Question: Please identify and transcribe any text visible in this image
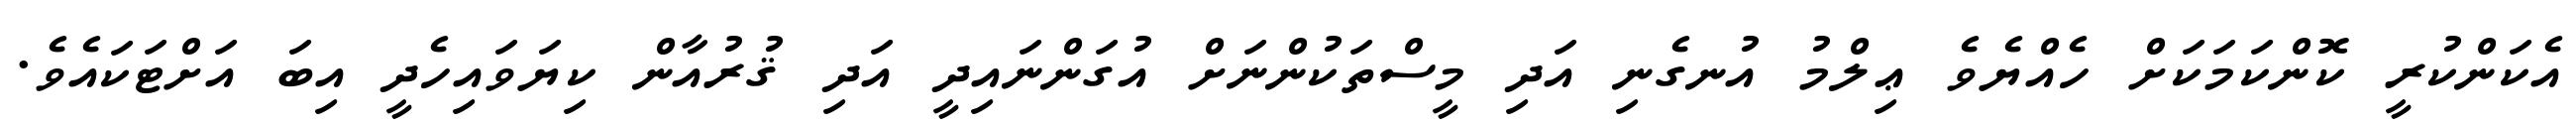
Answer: އެކަންކުރީ ކޮންކަމަކަށް ހެއްޔެވެ ޢިލްމު އުނގެނި އަދި މީސްތަކުންނަށް އުގަންނައިދީ އަދި ޤުރުއާން ކިޔަވައިހެދީ އިބަ އަށްޓަކައެވެ.